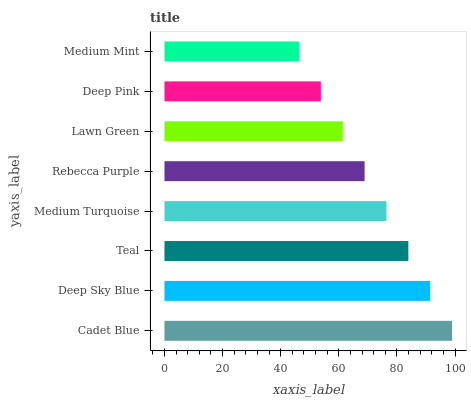
| yaxis_label | bars |
 | --- | --- |
 | Cadet Blue | 99 |
 | Deep Sky Blue | 91.5 |
 | Teal | 83.9 |
 | Medium Turquoise | 76.4 |
 | Rebecca Purple | 68.9 |
 | Lawn Green | 61.4 |
 | Deep Pink | 53.8 |
 | Medium Mint | 46.3 |